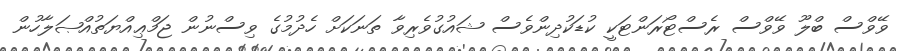
ވޭވްސް ބްލޫ ވޭވްސް ރެސްޓޯރަންޓަަކީ ކުޑަކުދިންވެސް ޝައުގުވެެރިވާ ތަނަކަށް ހެދުމުގެ ވިސްނުން ޖަމްޢިއްޔަތުއްޞަލާހުން